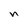
Character: n